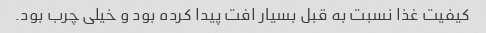
کیفیت غذا نسبت به قبل بسیار افت پیدا کرده بود و خیلی چرب بود.